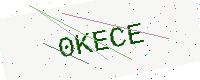
Text: 0KECE